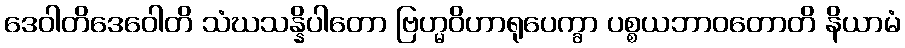
ဒေဝါတိဒေဝေါတိ သံဃသန္နိပါတော ဗြဟ္မဝိဟာရုပေက္ခာ ပစ္စယဘာဝတောတိ နိယာမံ